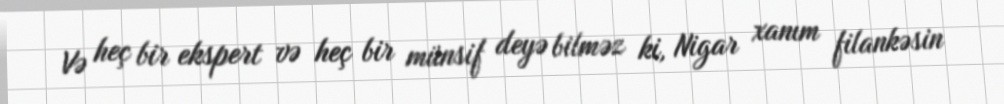
Və heç bir ekspert və heç bir münsif deyə bilməz ki, Nigar xanım filankəsin